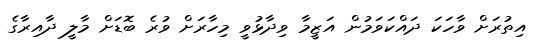
އިތުރަށް ވާހަކަ ދައްކަވަމުން އަޒީމާ ވިދާޅުވީ މިހާރަށް ވުރެ ބޮޑަށް މާލީ ދާއިރާގެ